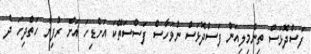
ފަސްދޮޅަސް ތިންމިލިއަން ފަސްދޮޅަސް ނުވަހާސް ފަސްސަތޭކަ އަށްޑިހަ އަށް ރުފިޔާ ހަތްދިހަ ދެ